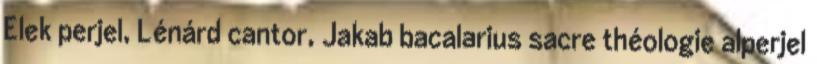
Elek perjel, Lénárd cantor, Jakab bacalarius sacre théologie alperjel